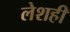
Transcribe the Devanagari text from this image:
लेशही